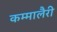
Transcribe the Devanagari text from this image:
कम्मालैरी